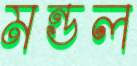
মন্ডল